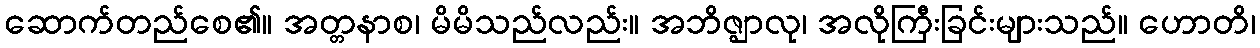
ဆောက်တည်စေ၏။ အတ္တနာစ၊ မိမိသည်လည်း။ အဘိဇ္ဈာလု၊ အလိုကြီးခြင်းများသည်။ ဟောတိ၊